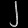
Digit: ၂